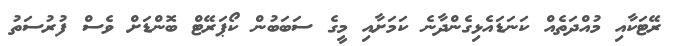
ރޭޓަކާއި މުއްދަތެއް ކަނަޑައެޅިގެންދާނެ ކަމަށާއި މީގެ ސަބަބުން ކޯޕަރޭޓް ބޮންޑަށް ވެސް ފުރުސަތު